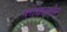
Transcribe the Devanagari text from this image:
फ़ोकलोर